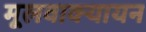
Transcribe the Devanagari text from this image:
मूलवाक्यायन